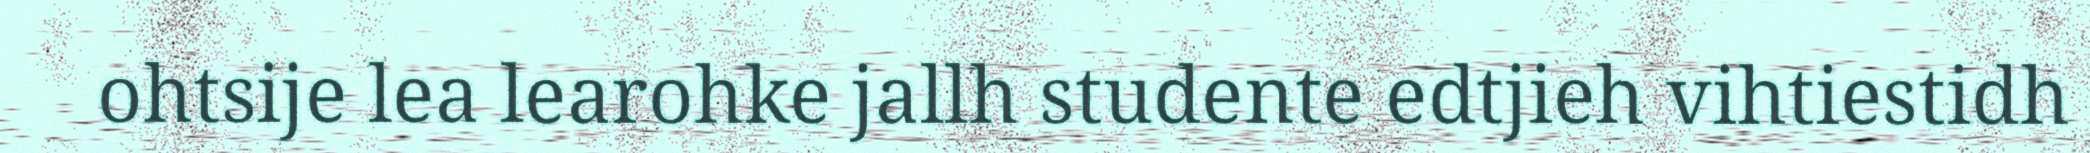
ohtsije lea learohke jallh studente edtjieh vihtiestidh